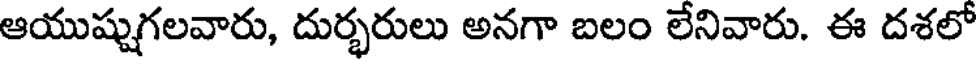
ఆయుష్షుగలవారు, దుర్భరులు అనగా బలం లేనివారు. ఈ దశలో